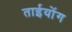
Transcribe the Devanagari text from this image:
ताईयोंग